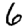
Digit: 6